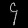
Digit: ၄